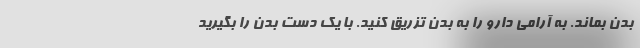
بدن بماند. به آرامی دارو را به بدن تزریق کنید. با یک دست بدن را بگیرید